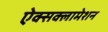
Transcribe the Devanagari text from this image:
ऐक्सक्लामेशन